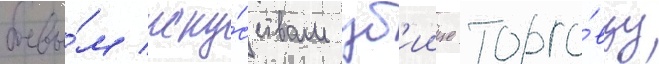
боевы́м иску́сствам уб'иице торго́вцу